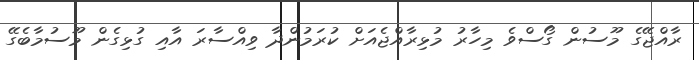
ރާއްޖޭގެ މޫސުން ގޯސްވެ މިހާރު މުޅިރާއްޖެއަށް ކުރަމުންދާ ވިއްސާރަ އާއި ގުޅިގެން މޫސުމާބެގޭ